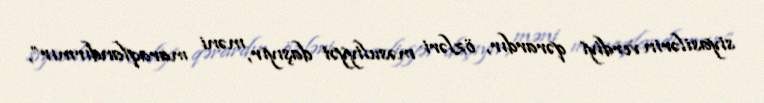
siyasilərin verdiyi qərardır, özləri məsuliyyət daşıyır, məni maraqlandırmır”,